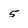
Character: 5